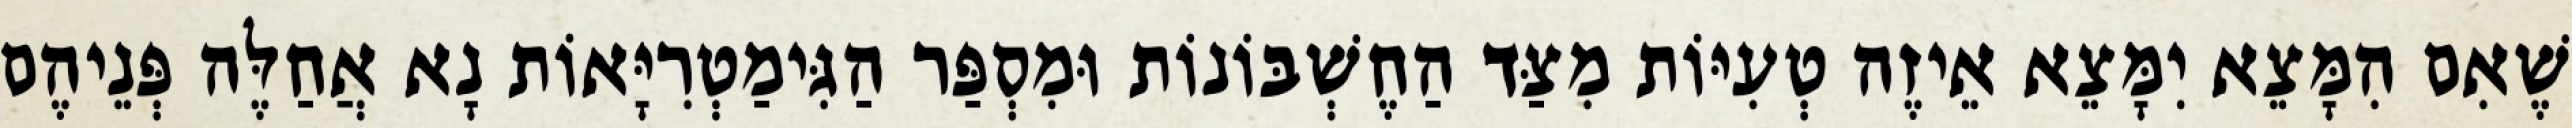
שֶׁאִם הִמָּצֵא יִמָּצֵא אֵיזֶה טְעִיּוֹת מִצַּד הַחֶשְׁבּוֹנוֹת וּמִסְפַּר הַגִּימַטְרִיָּאוֹת נָא אֲחַלֶּה פְּנֵיהֶם